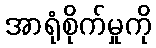
အာရုံစိုက်မှုကို